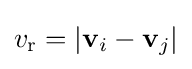
v_{\mathrm {r} }=|\mathbf {v} _{i}-\mathbf {v} _{j}|